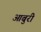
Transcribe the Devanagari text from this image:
आबुरी